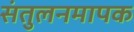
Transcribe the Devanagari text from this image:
संतुलनमापक